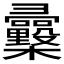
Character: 𢑿